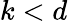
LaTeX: k<d